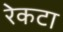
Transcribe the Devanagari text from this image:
रेकटा